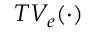
T V _ { e } ( \cdot )